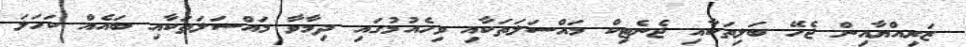
ޒަރިއްޔާއިން ޖެހޭ ބަލިތަކާއި ޖެނެޓިކް މައްސަލަތަކާއި ވިހެއުމުގައި ދިމާވާ މައްސަލަތަކާއި ބަައެއް ކަހަލަ